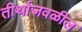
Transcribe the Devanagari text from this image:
तीर्थाजवळील